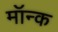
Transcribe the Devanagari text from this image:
मॉन्क